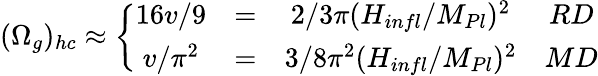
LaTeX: (\Omega_{g})_{hc}\approx\left\{ \begin{array}{cccc}{{16v/9}}&{{=}}&{{{2/3\pi}({H_{infl}/{M_{Pl}}})^{2}}}&{{RD}}\\ {{v/\pi^{2}}}&{{=}}&{{{3/8\pi^{2}}({H_{infl}/{M_{Pl}}})^{2}}}&{{MD}}\end{array}\right.